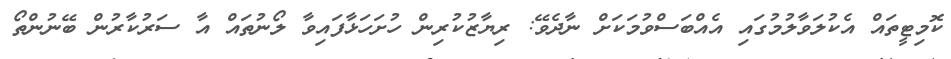
ކޮމިޓީތައް އެކުލަވާލުމުގައި އެއްބަސްވުމަކަށް ނާދެވޭ: ރިޔާޒުކުރިން ހުށަހަޅާފައިވާ ލޯނުތައް އާ ސަރުކާރުން ބޭނުންތޯ